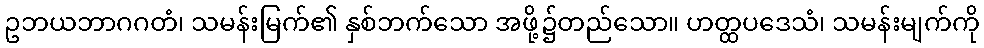
ဥဘယဘာဂဂတံ၊ သမန်းမြက်၏ နှစ်ဘက်သော အဖို့၌တည်သော။ ဟတ္ထပဒေသံ၊ သမန်းမျက်ကို